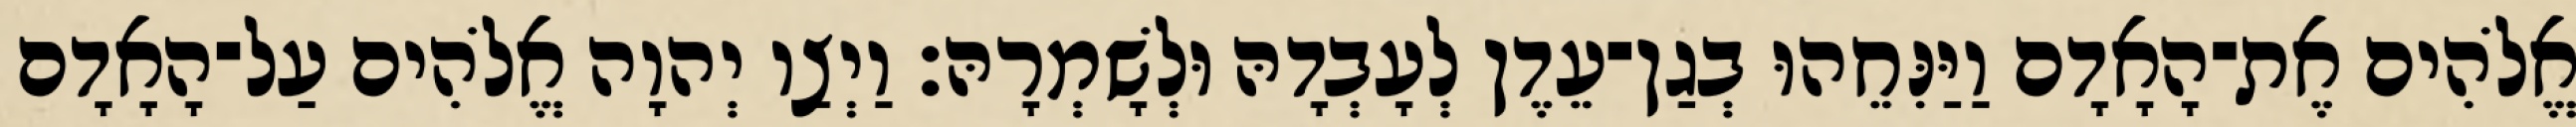
אֱלֹהִים אֶת־הָאָדָם וַיַּנִּחֵהוּ בְגַן־עֵדֶן לְעָבְדָהּ וּלְשָׁמְרָהּ׃ וַיְצַו יְהוָה אֱלֹהִים עַל־הָאָדָם